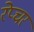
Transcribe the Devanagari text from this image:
रेप्चर